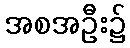
အစအဦး၌